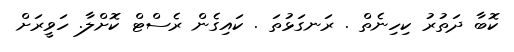
ކޮބާ ދަތުރު ކިހިނެތް . ރަނގަޅުތަ . ކައިގެން ރެސްޓް ކޮށްލާ. ހަވީރަށް